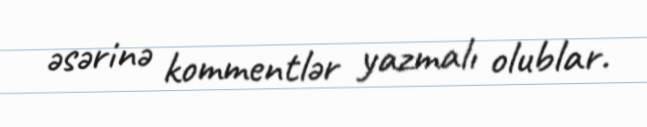
əsərinə kommentlər yazmalı olublar.